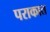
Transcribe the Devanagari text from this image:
पराकात